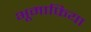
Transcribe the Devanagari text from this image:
भूमाफिया